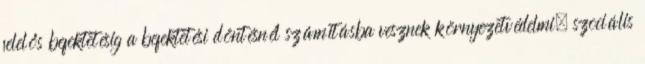
felelős befektetésig a befektetési döntésnél számításba vesznek környezetvédelmi, szociális